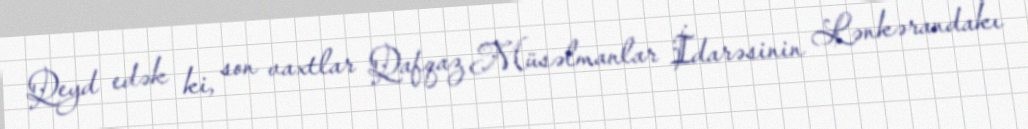
Qeyd edək ki, son vaxtlar Qafqaz Müsəlmanlar İdarəsinin Lənkərandakı